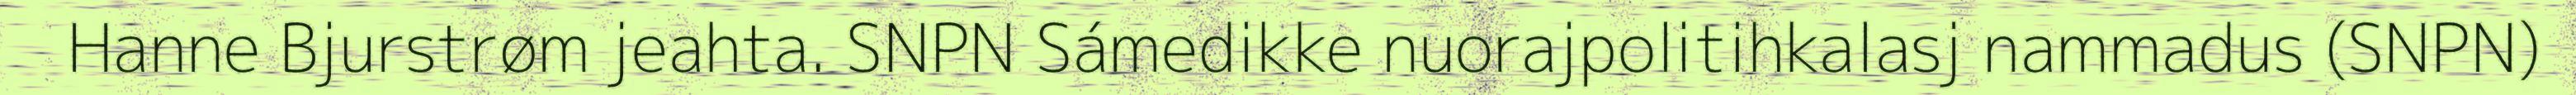
Hanne Bjurstrøm jeahta. SNPN Sámedikke nuorajpolitihkalasj nammadus (SNPN)